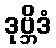
ဒုဗ္ဘိဒံ